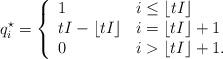
LaTeX: \begin{align*}q_{i}^\star = \left\{\begin{array}{ll}1 & i \leq \lfloor t I \rfloor \\t I - \lfloor t I \rfloor & i = \lfloor t I \rfloor + 1 \\0 & i > \lfloor t I \rfloor + 1.\end{array} \right. \end{align*}